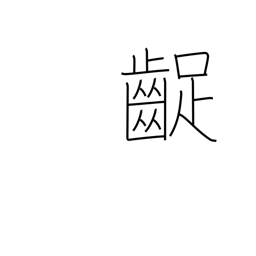
Meaning: grating the teeth